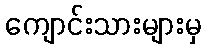
ကျောင်းသားများမှ